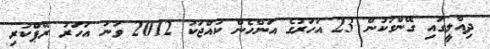
ދިއްލީގައި ގޭންގަކުން 23 އަހަރުގެ އަންހެން ކުއްޖަކު 2012 ވަނަ އަހަރު ރޭޕްކުރި